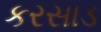
કરસાડ